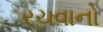
રચવાનો